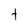
Character: t